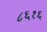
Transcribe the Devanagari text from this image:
८६१६